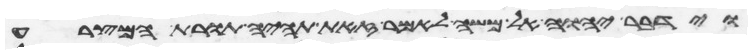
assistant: וידבר יהוה אל משה לאמר זאת תהיה תורת המצרע